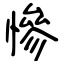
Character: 慘